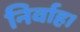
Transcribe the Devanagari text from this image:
निर्वाह।